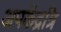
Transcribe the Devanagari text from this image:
अपकेंद्रत्रि